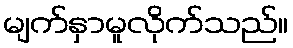
မျက်နှာမူလိုက်သည်။